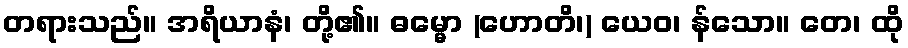
တရားသည်။ အရိယာနံ၊ တို့၏။ ဓမ္မော (ဟောတိ၊) ယေဝ၊ န်သော။ တေ၊ ထို